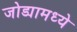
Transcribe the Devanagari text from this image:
जोड्यामध्ये